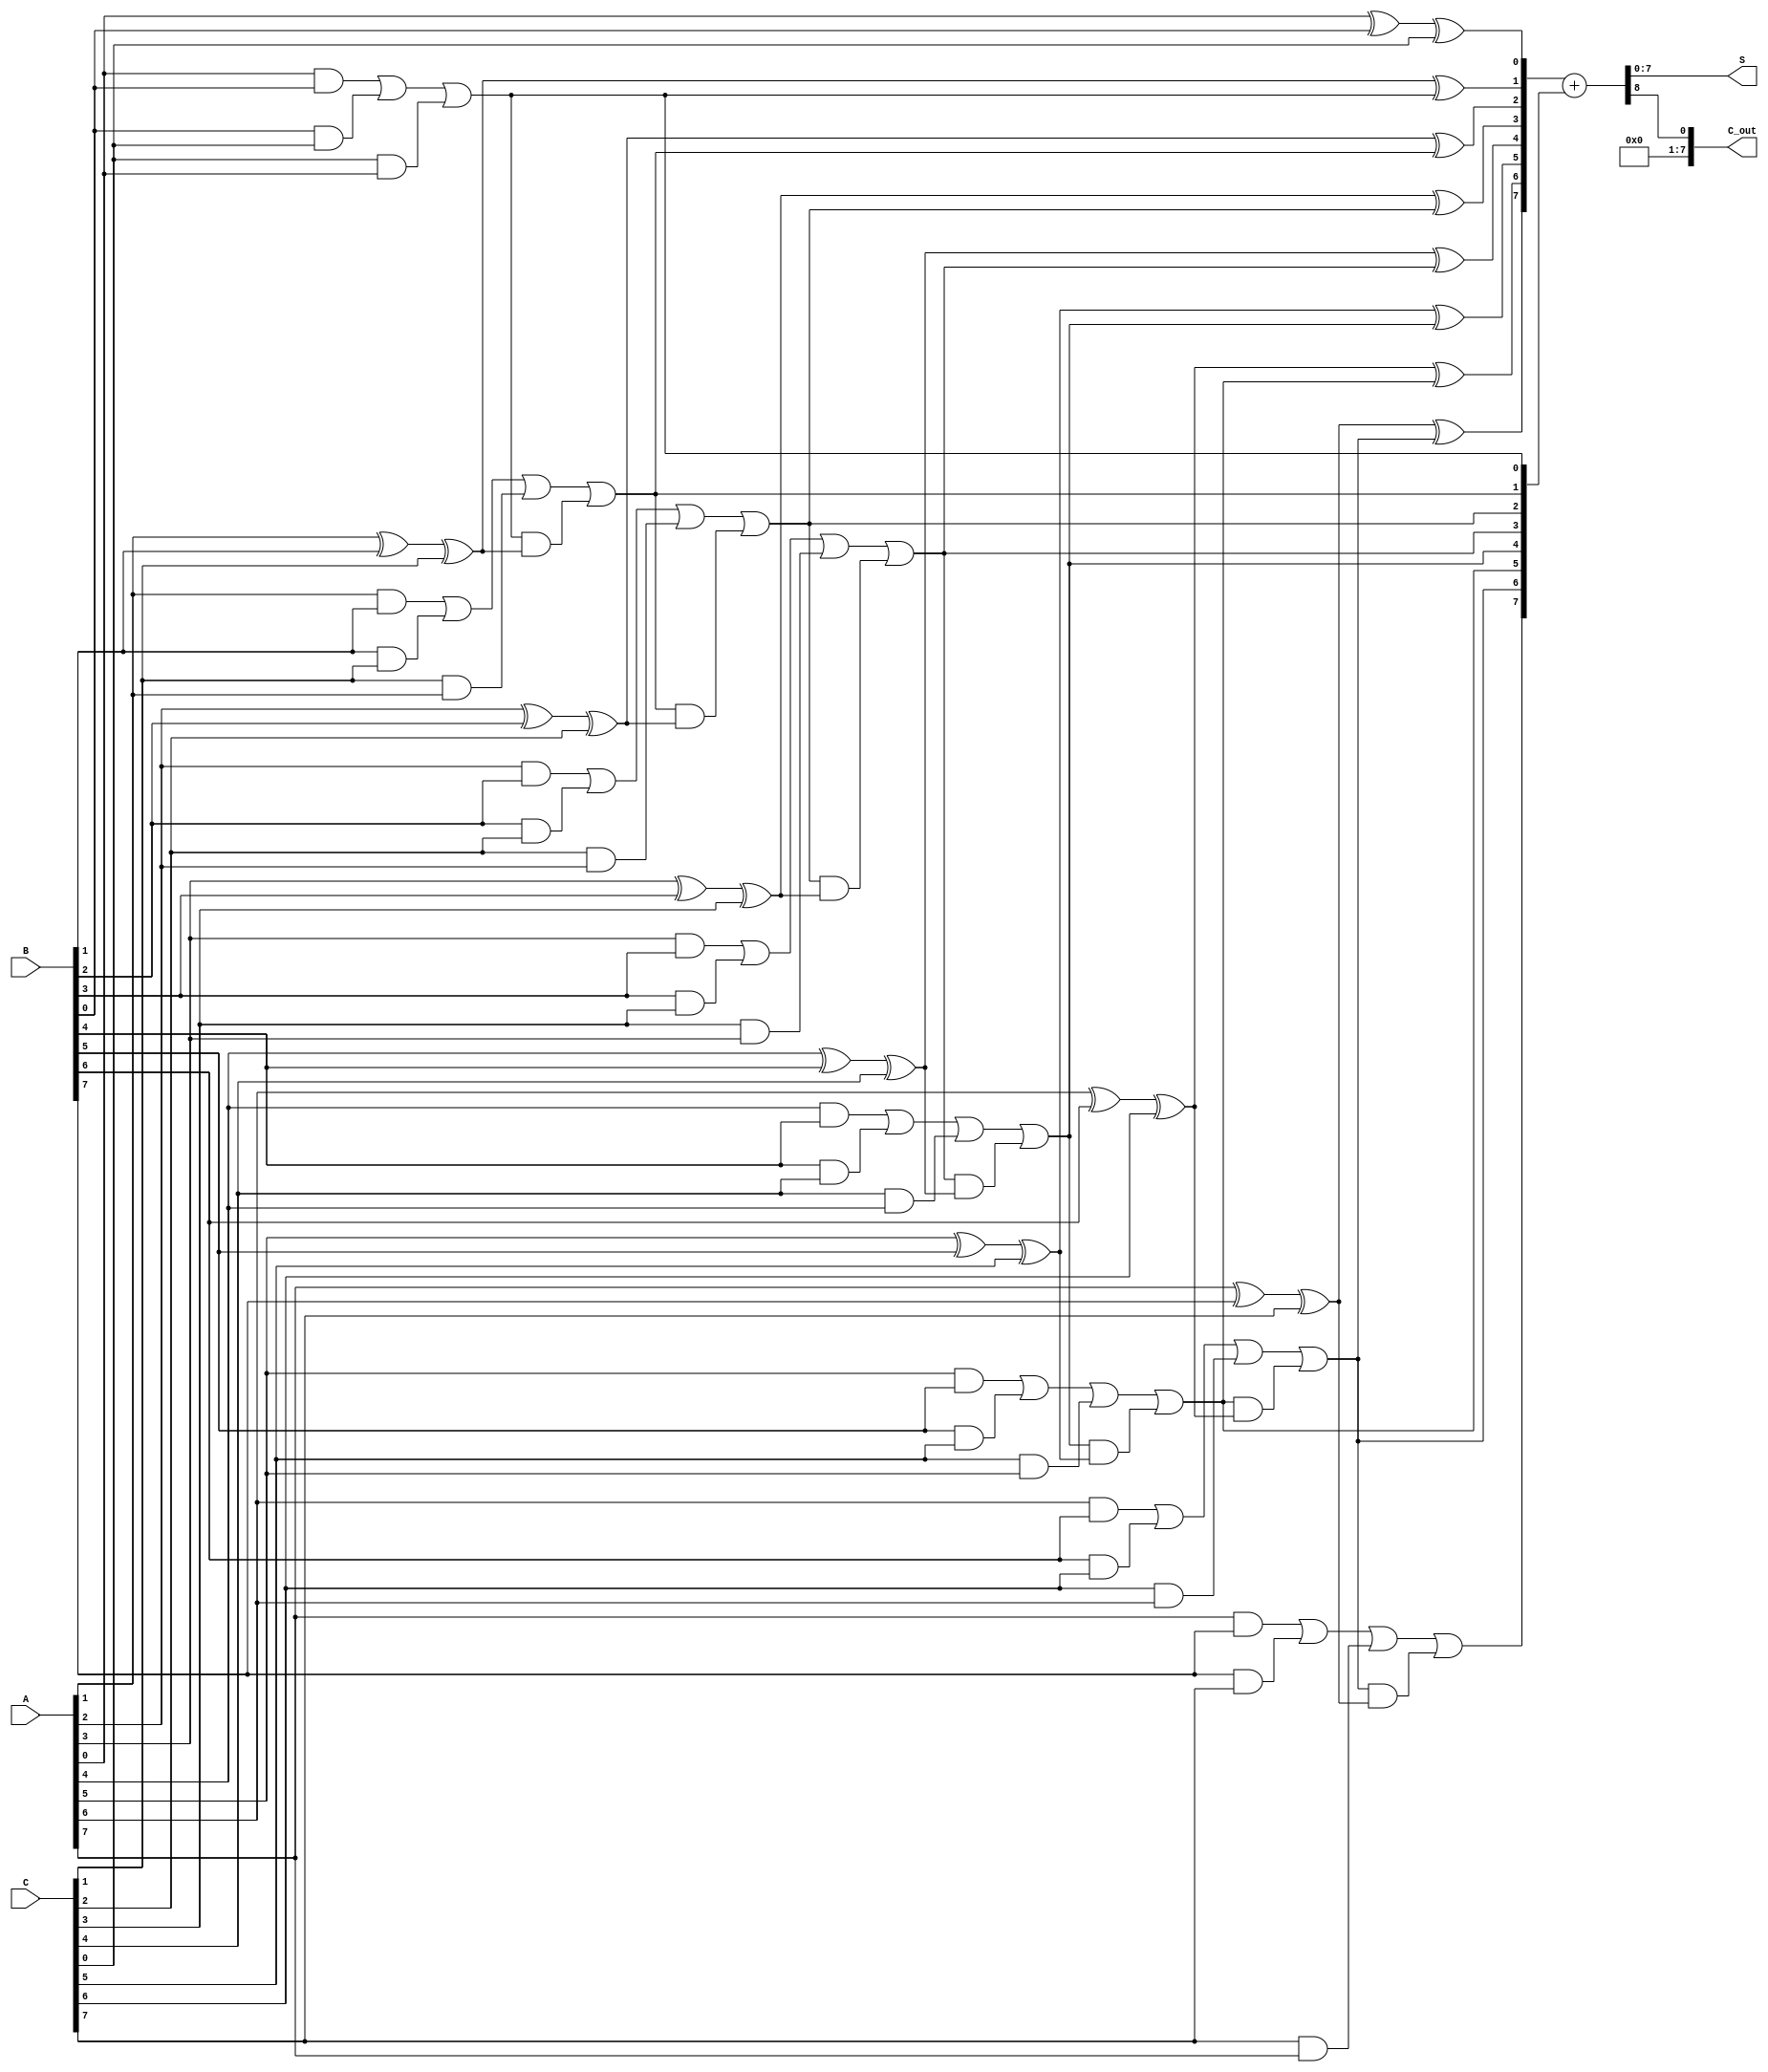
module CarrySaveAdder #(parameter N = 8) (
    input  [N-1:0] A,      // First operand
    input  [N-1:0] B,      // Second operand
    input  [N-1:0] C,      // Third operand
    output [N-1:0] S,      // Sum output
    output [N-1:0] C_out    // Carry output
);
    
    // Internal wires for sum and carry
    wire [N-1:0] sum;      // Intermediate sum outputs
    wire [N-1:0] carry;    // Intermediate carry outputs

    // Full Adder for each bit
    genvar i;
    generate
        for (i = 0; i < N; i = i + 1) begin : full_adder_stage
            wire a_bit = A[i];
            wire b_bit = B[i];
            wire c_bit = C[i];
            wire carry_in = (i == 0) ? 1'b0 : carry[i-1]; // Carry from previous stage

            // Full adder logic
            assign sum[i] = a_bit ^ b_bit ^ c_bit ^ carry_in; // Sum output
            assign carry[i] = (a_bit & b_bit) | (b_bit & c_bit) | (c_bit & a_bit) | (carry_in & (a_bit ^ b_bit ^ c_bit)); // Carry output
        end
    endgenerate

    // Final Carry Propagate Adder to resolve carry
    wire [N:0] final_sum; // One extra bit for carry out
    assign final_sum = {1'b0, sum} + {1'b0, carry}; // Add sum and carry

    // Assign final outputs
    assign S = final_sum[N-1:0]; // Final sum output
    assign C_out = final_sum[N];  // Final carry output

endmodule